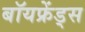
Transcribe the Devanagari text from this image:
बॉयफ्रेंड्स